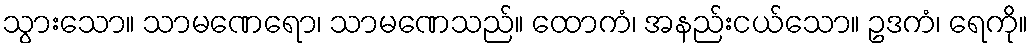
သွားသော။ သာမဏေရော၊ သာမဏေသည်။ ထောကံ၊ အနည်းငယ်သော။ ဥဒကံ၊ ရေကို။